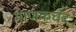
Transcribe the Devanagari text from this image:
माणकचंद